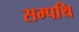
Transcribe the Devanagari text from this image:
सम्पथि